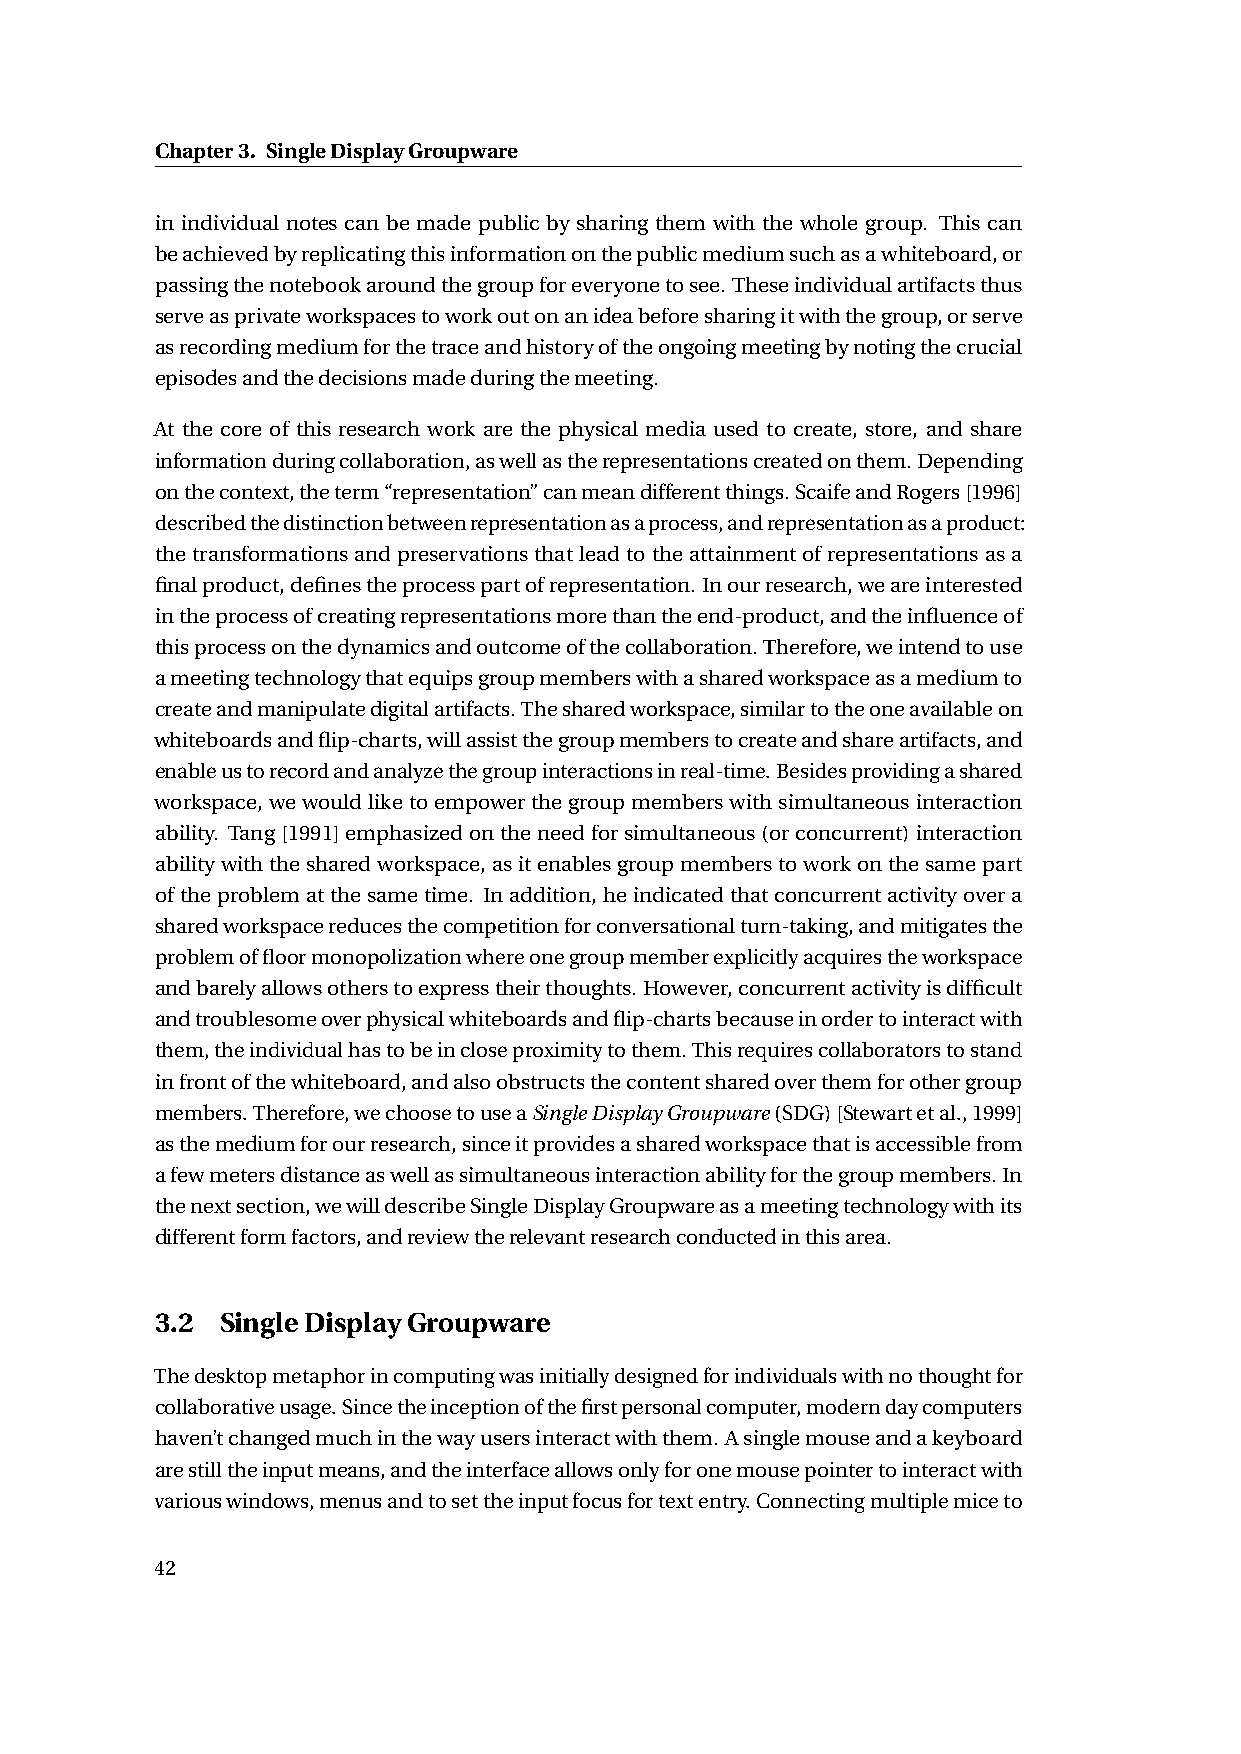
Chapter3. SingleDisplayGroupware
 in individual notes can be made public by sharing them with the whole group. This can
 beachievedbyreplicatingthisinformationonthepublicmediumsuchasawhiteboard,or
 passingthenotebookaroundthegroupforeveryonetosee.Theseindividualartifactsthus
 serveasprivateworkspacestoworkoutonanideabeforesharingitwiththegroup,orserve
 asrecordingmediumforthetraceandhistoryoftheongoingmeetingbynotingthecrucial
 episodesandthedecisionsmadeduringthemeeting.
 At the core of this research work are the physical media used to create, store, and share
 informationduringcollaboration,aswellastherepresentationscreatedonthem.Depending
 onthecontext,theterm“representation”canmeandifferentthings.ScaifeandRogers[1996]
 describedthedistinctionbetweenrepresentationasaprocess,andrepresentationasaproduct:
 thetransformationsandpreservationsthatleadtotheattainmentofrepresentationsasa
 finalproduct,definestheprocesspartofrepresentation. Inourresearch,weareinterested
 intheprocessofcreatingrepresentationsmorethantheend-product,andtheinfluenceof
 thisprocessonthedynamicsandoutcomeofthecollaboration.Therefore,weintendtouse
 ameetingtechnologythatequipsgroupmemberswithasharedworkspaceasamediumto
 createandmanipulatedigitalartifacts.Thesharedworkspace,similartotheoneavailableon
 whiteboardsandflip-charts,willassistthegroupmemberstocreateandshareartifacts,and
 enableustorecordandanalyzethegroupinteractionsinreal-time.Besidesprovidingashared
 workspace, wewouldliketoempowerthegroupmemberswithsimultaneousinteraction
 ability. Tang[1991]emphasizedontheneedforsimultaneous(orconcurrent)interaction
 abilitywiththesharedworkspace,asitenablesgroupmemberstoworkonthesamepart
 oftheproblematthesametime. Inaddition,heindicatedthatconcurrentactivityovera
 sharedworkspacereducesthecompetitionforconversationalturn-taking,andmitigatesthe
 problemoffloormonopolizationwhereonegroupmemberexplicitlyacquirestheworkspace
 andbarelyallowsotherstoexpresstheirthoughts. However,concurrentactivityisdifficult
 andtroublesomeoverphysicalwhiteboardsandflip-chartsbecauseinordertointeractwith
 them,theindividualhastobeincloseproximitytothem.Thisrequirescollaboratorstostand
 infrontofthewhiteboard,andalsoobstructsthecontentsharedoverthemforothergroup
 members.Therefore,wechoosetouseaSingleDisplayGroupware(SDG)[Stewartetal.,1999]
 asthemediumforourresearch,sinceitprovidesasharedworkspacethatisaccessiblefrom
 afewmetersdistanceaswellassimultaneousinteractionabilityforthegroupmembers.In
 thenextsection,wewilldescribeSingleDisplayGroupwareasameetingtechnologywithits
 differentformfactors,andreviewtherelevantresearchconductedinthisarea.
 3.2  SingleDisplayGroupware
 Thedesktopmetaphorincomputingwasinitiallydesignedforindividualswithnothoughtfor
 collaborativeusage.Sincetheinceptionofthefirstpersonalcomputer,moderndaycomputers
 haven’tchangedmuchinthewayusersinteractwiththem.Asinglemouseandakeyboard
 arestilltheinputmeans,andtheinterfaceallowsonlyforonemousepointertointeractwith
 variouswindows,menusandtosettheinputfocusfortextentry.Connectingmultiplemiceto
 42